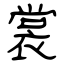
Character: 裳